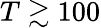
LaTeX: T\gtrsim 100